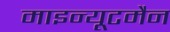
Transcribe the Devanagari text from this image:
माइन्यूटमैन